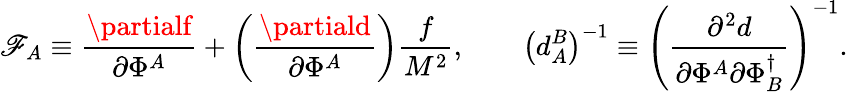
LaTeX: \mathscr{F}_{A}\equiv\frac{{\partialf}}{{\partial\Phi^{A}}}+\left(\frac{{\partiald}}{{\partial\Phi^{A}}}\right)\frac{{f}}{{M^{2}}},\qquad\left(d_{A}^{B}\right)^{-1}\equiv\left(\frac{{\partial^{2}d}}{{\partial\Phi^{A}\partial\Phi_{B}^{\dagger}}}\right)^{-1}.